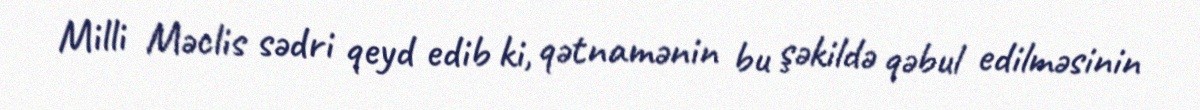
Milli Məclis sədri qeyd edib ki, qətnamənin bu şəkildə qəbul edilməsinin